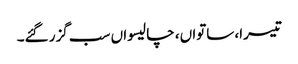
تیسرا، ساتواں، چالیسواں سب گزر گئے۔